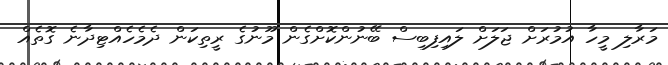
މަރާލި މީހާ އުމުރަށް ޖަލަށް ލައިފިބިސް ބޭނުންކޮށްގެން މޫނުގެ ރީތިކަން ދެމެހެއްޓިދާނެ ގޮތެއް